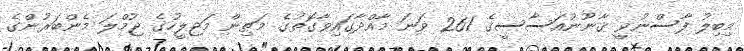
މިބިލު ފާސްނުވީ ޤާނޫނުއަސާސީގެ 261 ވަނަ މާއްދާގައިވާގޮތުގެ މަތިން މަޖިލީހުގެ ޖުމްލަ މެންބަރުންގެ